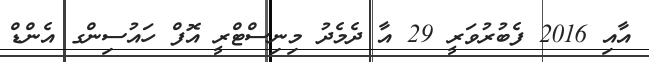
އާއި 2016 ފެބުރުވަރީ 29 އާ ދެމެދު މިނިސްޓްރީ އޮފް ހައުސިންގ އެންޑް